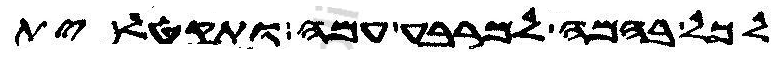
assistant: לכל בהמה למרבע עמה ותקטל ית